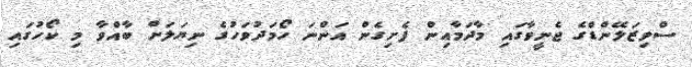
ސްވިޒަލޭންޑްގެ ޖެނީވާގައި މާދަމާއިން ފެށިގެން އަންނަ ހޯމަދުވަހުގެ ނިޔަލަށް ބާއްވާ މި ކޯހުގައި